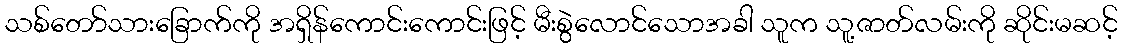
သစ်တော်သားခြောက်ကို အရှိန်ကောင်းကောင်းဖြင့် မီးစွဲလောင်သောအခါ သူက သူ့ဇာတ်လမ်းကို ဆိုင်းမဆင့်